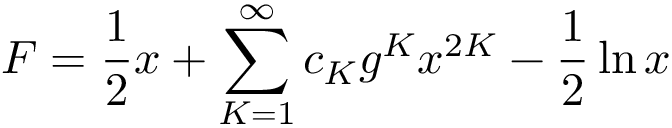
F = \frac { 1 } { 2 } x + \sum _ { K = 1 } ^ { \infty } c _ { K } g ^ { K } x ^ { 2 K } - \frac { 1 } { 2 } \ln x